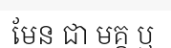
មែន ជា មគ្គ ឬ